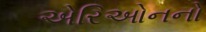
એરિઓનનો